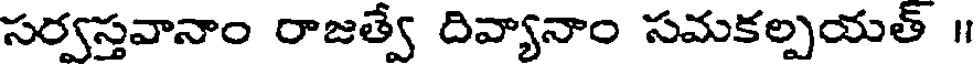
సర్వస్తవానాం రాజత్వే దివ్యానాం సమకల్పయత్ ॥